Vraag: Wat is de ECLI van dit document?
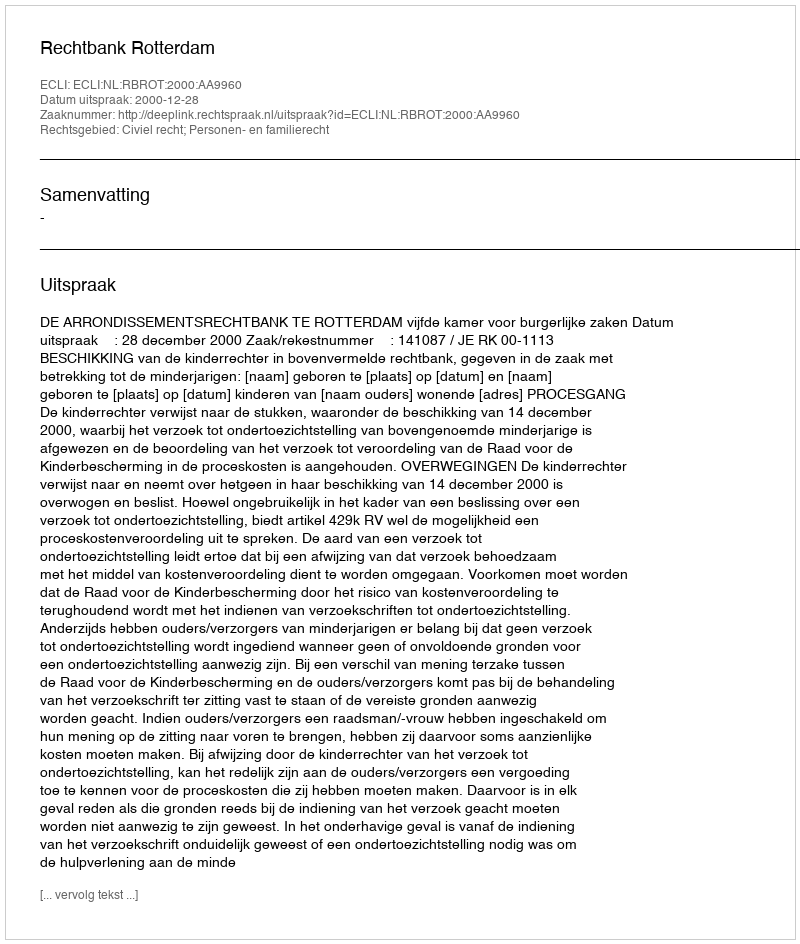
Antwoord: ECLI:NL:RBROT:2000:AA9960